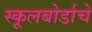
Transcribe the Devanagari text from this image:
स्कूलबोर्डाचे